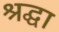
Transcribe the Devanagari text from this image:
श्रद्घा